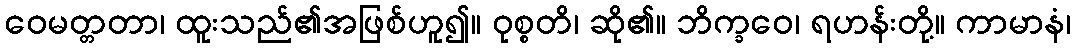
ဝေမတ္တတာ၊ ထူးသည်၏အဖြစ်ဟူ၍။ ဝုစ္စတိ၊ ဆို၏။ ဘိက္ခဝေ၊ ရဟန်းတို့။ ကာမာနံ၊